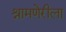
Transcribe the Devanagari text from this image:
श्रामणेरीला